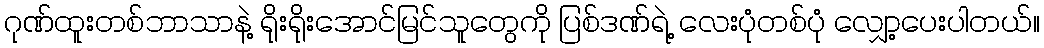
ဂုဏ်ထူးတစ်ဘာသာနဲ့ ရိုးရိုးအောင်မြင်သူတွေကို ပြစ်ဒဏ်ရဲ့ လေးပုံတစ်ပုံ လျှော့ပေးပါတယ်။